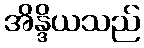
အိန္ဒိယသည်